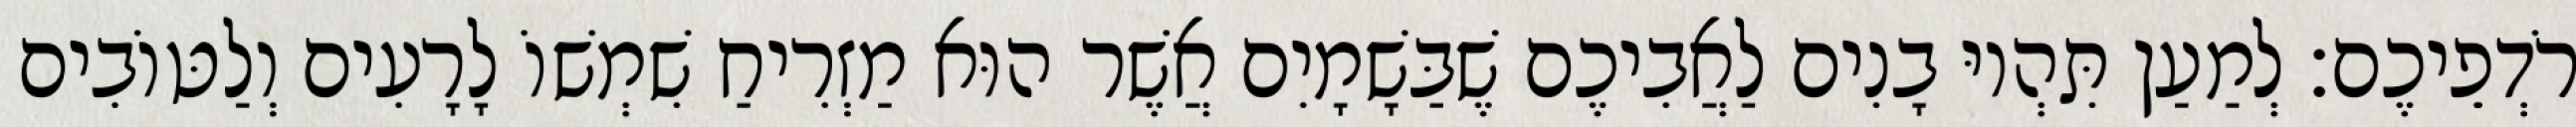
רֹדְפֵיכֶם׃ לְמַעַן תִּהְיוּ בָנִים לַאֲבִיכֶם שֶׁבַּשָׁמָיִם אֲשֶׁר הוּא מַזְרִיחַ שִׁמְשׁוֹ לָרָעִים וְלַטּוֹבִים